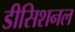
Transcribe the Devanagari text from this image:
डीसिशनल